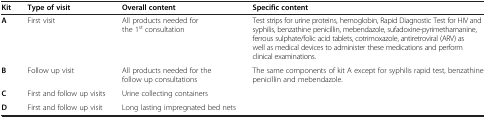
| Kit | Type of visit | Overall content | Specific content |
 | --- | --- | --- | --- |
 | A | First visit | All products needed for the 1st consultation | Test strips for urine proteins, hemoglobin, Rapid Diagnostic Test for HIV and syphilis, benzathine penicillin, mebendazole, sufadoxine-pyrimethamanine, ferrous sulphate/folic acid tablets, cotrimoxazole, antiretroviral (ARV) as well as medical devices to administer these medications and perform clinical examinations. |
 | B | Follow up visit | All products needed for the follow up consultations | The same components of kit A except for syphilis rapid test, benzathine penicillin and mebendazole. |
 | C | First and follow up visits | Urine collecting containers |  |
 | D | First and follow up visit | Long lasting impregnated bed nets |  |